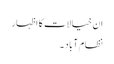
ان خیالات کا اظہار
نظام آباد ۔